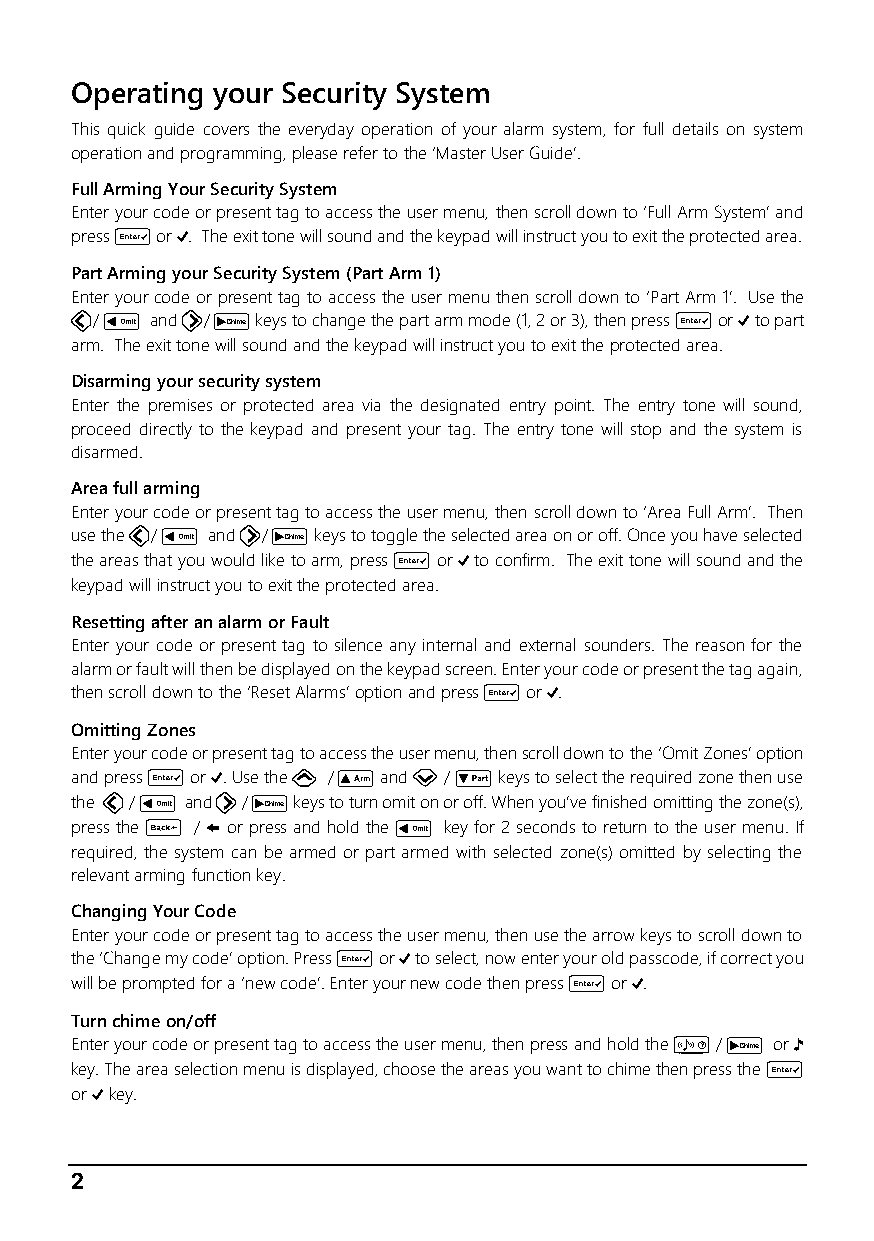
Operating your Security System
 This quick guide covers the everyday operation of your alarm system, for full details on system
 operation and programming, please refer to the ‘Master User Guide’.
 Full Arming Your Security System
 Enter your code or present tag to access the user menu, then scroll down to ‘Full Arm System’ and
 press E or k. The exit tone will sound and the keypad will instruct you to exit the protected area.
 Part Arming your Security System (Part Arm 1)
 Enter your code or present tag to access the user menu then scroll down to ‘Part Arm 1’. Use the
 L/ o and R/ r keys to change the part arm mode (1, 2 or 3), then press E or k to part
 arm. The exit tone will sound and the keypad will instruct you to exit the protected area.
 Disarming your security system
 Enter the premises or protected area via the designated entry point. The entry tone will sound,
 proceed directly to the keypad and present your tag. The entry tone will stop and the system is
 disarmed.
 Area full arming
 Enter your code or present tag to access the user menu, then scroll down to ‘Area Full Arm’. Then
 use the L/ o and R/ r keys to toggle the selected area on or off. Once you have selected
 the areas that you would like to arm, press E or k to confirm. The exit tone will sound and the
 keypad will instruct you to exit the protected area.
 Resetting after an alarm or Fault
 Enter your code or present tag to silence any internal and external sounders. The reason for the
 alarm or fault will then be displayed on the keypad screen. Enter your code or present the tag again,
 then scroll down to the ‘Reset Alarms’ option and press E or k.
 Omitting Zones
 Enter your code or present tag to access the user menu, then scroll down to the ‘Omit Zones’ option
 and press E or k. Use the U / u and D / p keys to select the required zone then use
 the L / o and R / r keys to turn omit on or off. When you’ve finished omitting the zone(s),
 press the B / @ or press and hold the o key for 2 seconds to return to the user menu. If
 required, the system can be armed or part armed with selected zone(s) omitted by selecting the
 relevant arming function key.
 Changing Your Code
 Enter your code or present tag to access the user menu, then use the arrow keys to scroll down to
 the ‘Change my code’ option. Press E or k to select, now enter your old passcode, if correct you
 will be prompted for a ‘new code’. Enter your new code then press E or k.
 Turn chime on/off
 Enter your code or present tag to access the user menu, then press and hold the c / r or N
 key. The area selection menu is displayed, choose the areas you want to chime then press the E
 or k key.
 2